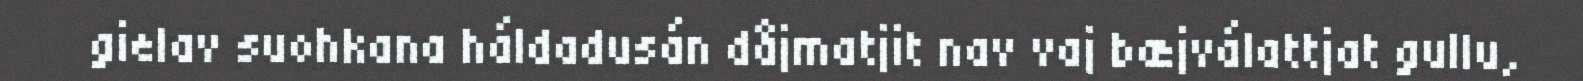
gielav suohkana háldadusán dåjmatjit nav vaj bæjválattjat gullu,